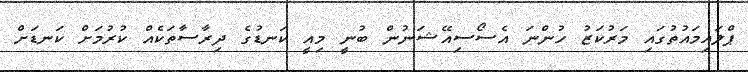
ޕްލައިމައުތުގައި މަރުކަޒު ހުންނަ އެސޯސިއޭޝަނުން ބުނީ މިއީ ކަނޑުގެ ދިރާސާތަކެއް ކުރުމަށް ކަނޑަށް